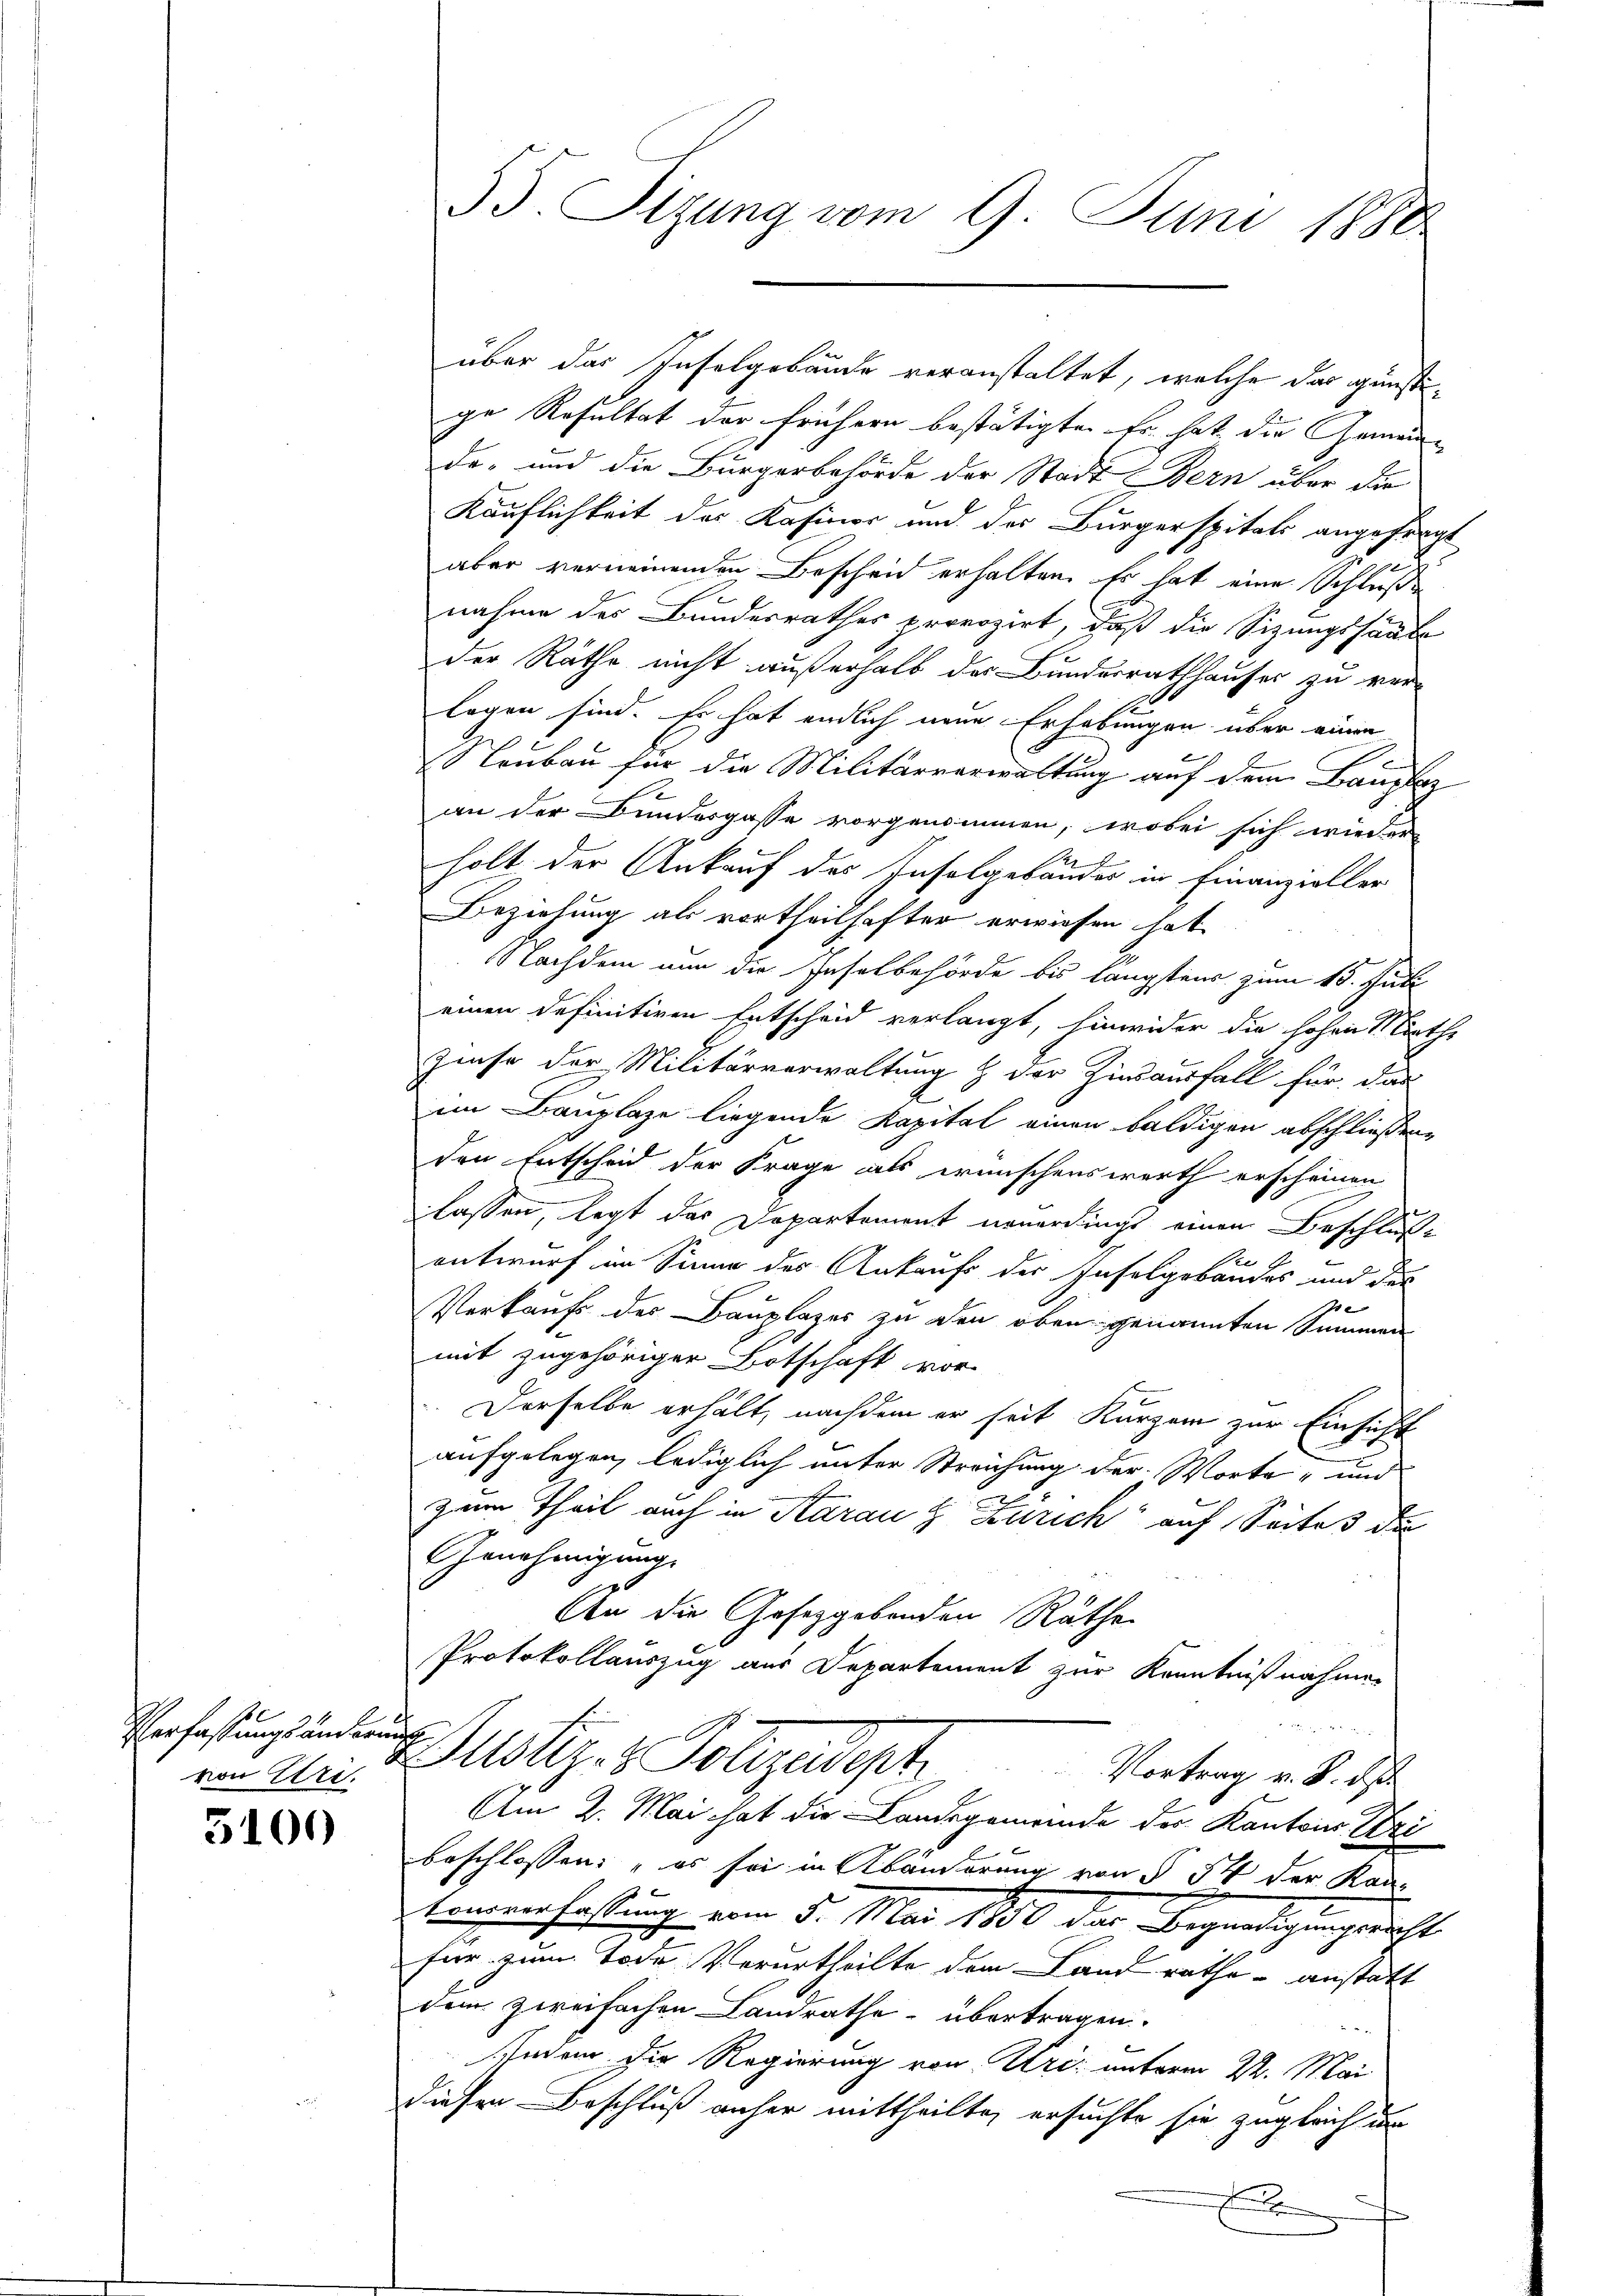
Verfassungsändern
von Uri.

3100

über das Inselgebäude veranstaltet, welche das günstige Resultat der frühern bestätigten Er hat die Gemein-
de- und die Bürgerbehörde der Stadt Bern über die
Käuflichkeit des Kasinior und des Bürgerspitals angeferat
4
aber verneinenden Bescheid erhalten. Es hat eine Schlußnahme des Bundesrathes provozirt, daß die Sizungshause
der Räthe nicht außerhalb des Bundesrathhauser zu ver-
logen sind. Es hat endlich neue Erhebungen über einen
Neubau für die Militärverwaltung auf dem Baufa
an der Bundesgasse vorgenommen, wobei sich wieder
holt der Ankauf des Inselgebäudes in Finanzieller
Beziehung als vortheilhafter erwiesen hat
Nachdem nun die Inselbehörde bis längstens zum 15. Juli
einen definitiven Entscheid verlangt, hinwider die hohen Miethe
Zinse der Militärverwaltung & der Zinsausfall für das
A
im Bauplaze liegende Kapital einen baldigen abschließene
den Entscheid der Frage als wünschenswerth erscheinen
lassen, legt das Departement neuerdings einen Beschluße
See
entwurf im Sinne des Ankaufs der Inselgebäudes und der
e
Verkaufs der Bauplazer zu den oben genannten Summen
mit zugehöriger Botschaft vor-
Derselbe erhält, nachdem er seit Kurzer zur Einsicht
aufgelegen, lediglich unter Streichung der Worte und
zum Theil auch in Starau & Zürich auf Seites die
Genehmigung
An die Gesetzgebenden Räthe
Protokollauszug aus Departement zur Kenntnißnahme
¬
Bustiz- & Polizeidesh
Vortrag v. 8. ds
Am 2. Mai hat die Landsgemeinde der Kantons Tri
beschlossen: „es sei in Abänderung von § 54 der Kan¬
Connverfaßung vom 5. Mai 1890 der Begnadigungsricht
für zum Tode Verurtheilte dem Land rathe anstatt
dem zweifachen Landrathe übertragen.

indem die Regierung von Uri: unterm 22. Mai
diesen Beschluß anher mittheilte, ersuchte sie zugleich un
x

55. Sizung vom 9. Juni 1880